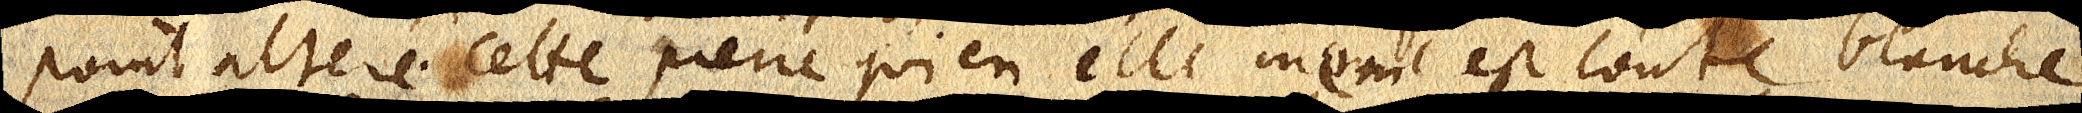
point alteré. Cette pierre qui en elle même est toute blanche